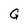
Character: G